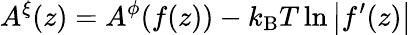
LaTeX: A^{\xi}(z)=A^{\phi}(f(z))-k_{\mathrm{B}}T\ln\left|f^{\prime}(z)\right|